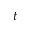
t